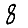
Digit: 8